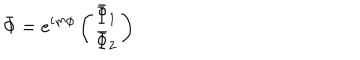
LaTeX: \bar { \Phi } = e ^ { i m \phi } \left( \begin{array} { c } { { \bar { \Phi } _ { 1 } } } \\ { { \bar { \Phi } _ { 2 } } } \\ \end{array} \right)